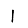
Digit: 1